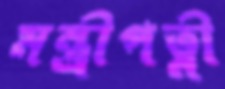
মন্ত্রীপত্নী